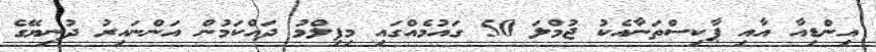
އިންޑިއާ އާއި ޕާކިސްތަނާއެކު ޖުމްލަ 50 ގައުމެއްގައި މިފިލްމު ދައްކަމުން އަންނައިރު ދުނިޔޭގެ